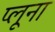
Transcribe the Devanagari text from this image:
प्लूना